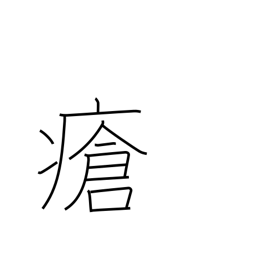
Meaning: wound